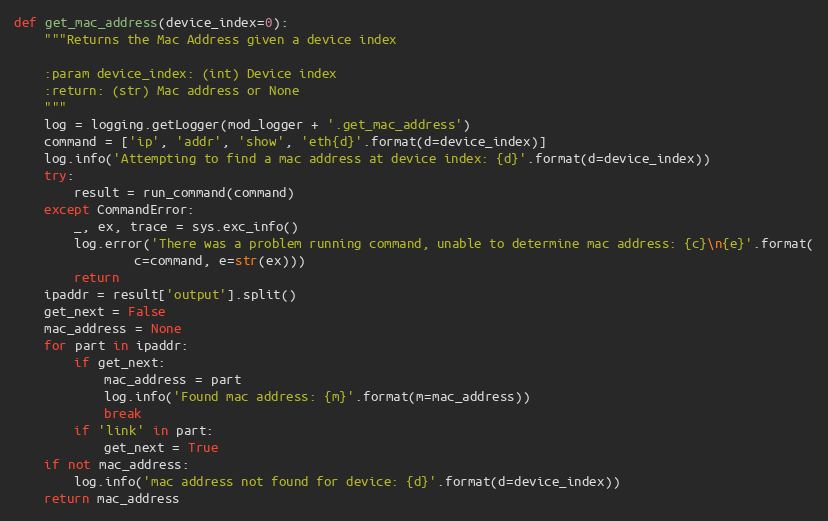
Language: Python
def get_mac_address(device_index=0):
    """Returns the Mac Address given a device index

    :param device_index: (int) Device index
    :return: (str) Mac address or None
    """
    log = logging.getLogger(mod_logger + '.get_mac_address')
    command = ['ip', 'addr', 'show', 'eth{d}'.format(d=device_index)]
    log.info('Attempting to find a mac address at device index: {d}'.format(d=device_index))
    try:
        result = run_command(command)
    except CommandError:
        _, ex, trace = sys.exc_info()
        log.error('There was a problem running command, unable to determine mac address: {c}\n{e}'.format(
                c=command, e=str(ex)))
        return
    ipaddr = result['output'].split()
    get_next = False
    mac_address = None
    for part in ipaddr:
        if get_next:
            mac_address = part
            log.info('Found mac address: {m}'.format(m=mac_address))
            break
        if 'link' in part:
            get_next = True
    if not mac_address:
        log.info('mac address not found for device: {d}'.format(d=device_index))
    return mac_address